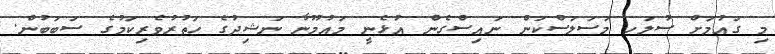
މި ގައުމަށް ސުލަހ މަސަލަސްކަން ނައިސްގެން އުޅެނީ މައުމޫނާ ނަޝިދުގެ ހަތުރުވެރިކަމުގެ ސަބަބުން.